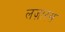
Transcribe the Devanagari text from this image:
लज़ारस